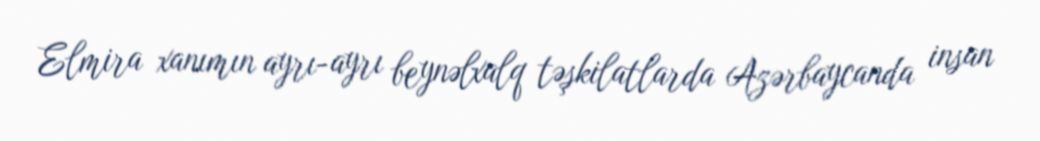
Elmira xanımın ayrı-ayrı beynəlxalq təşkilatlarda Azərbaycanda insan